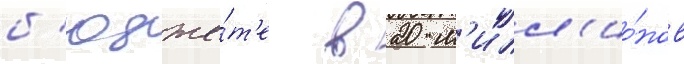
б'юдже́т'е в 20 м'илл'ио́нов